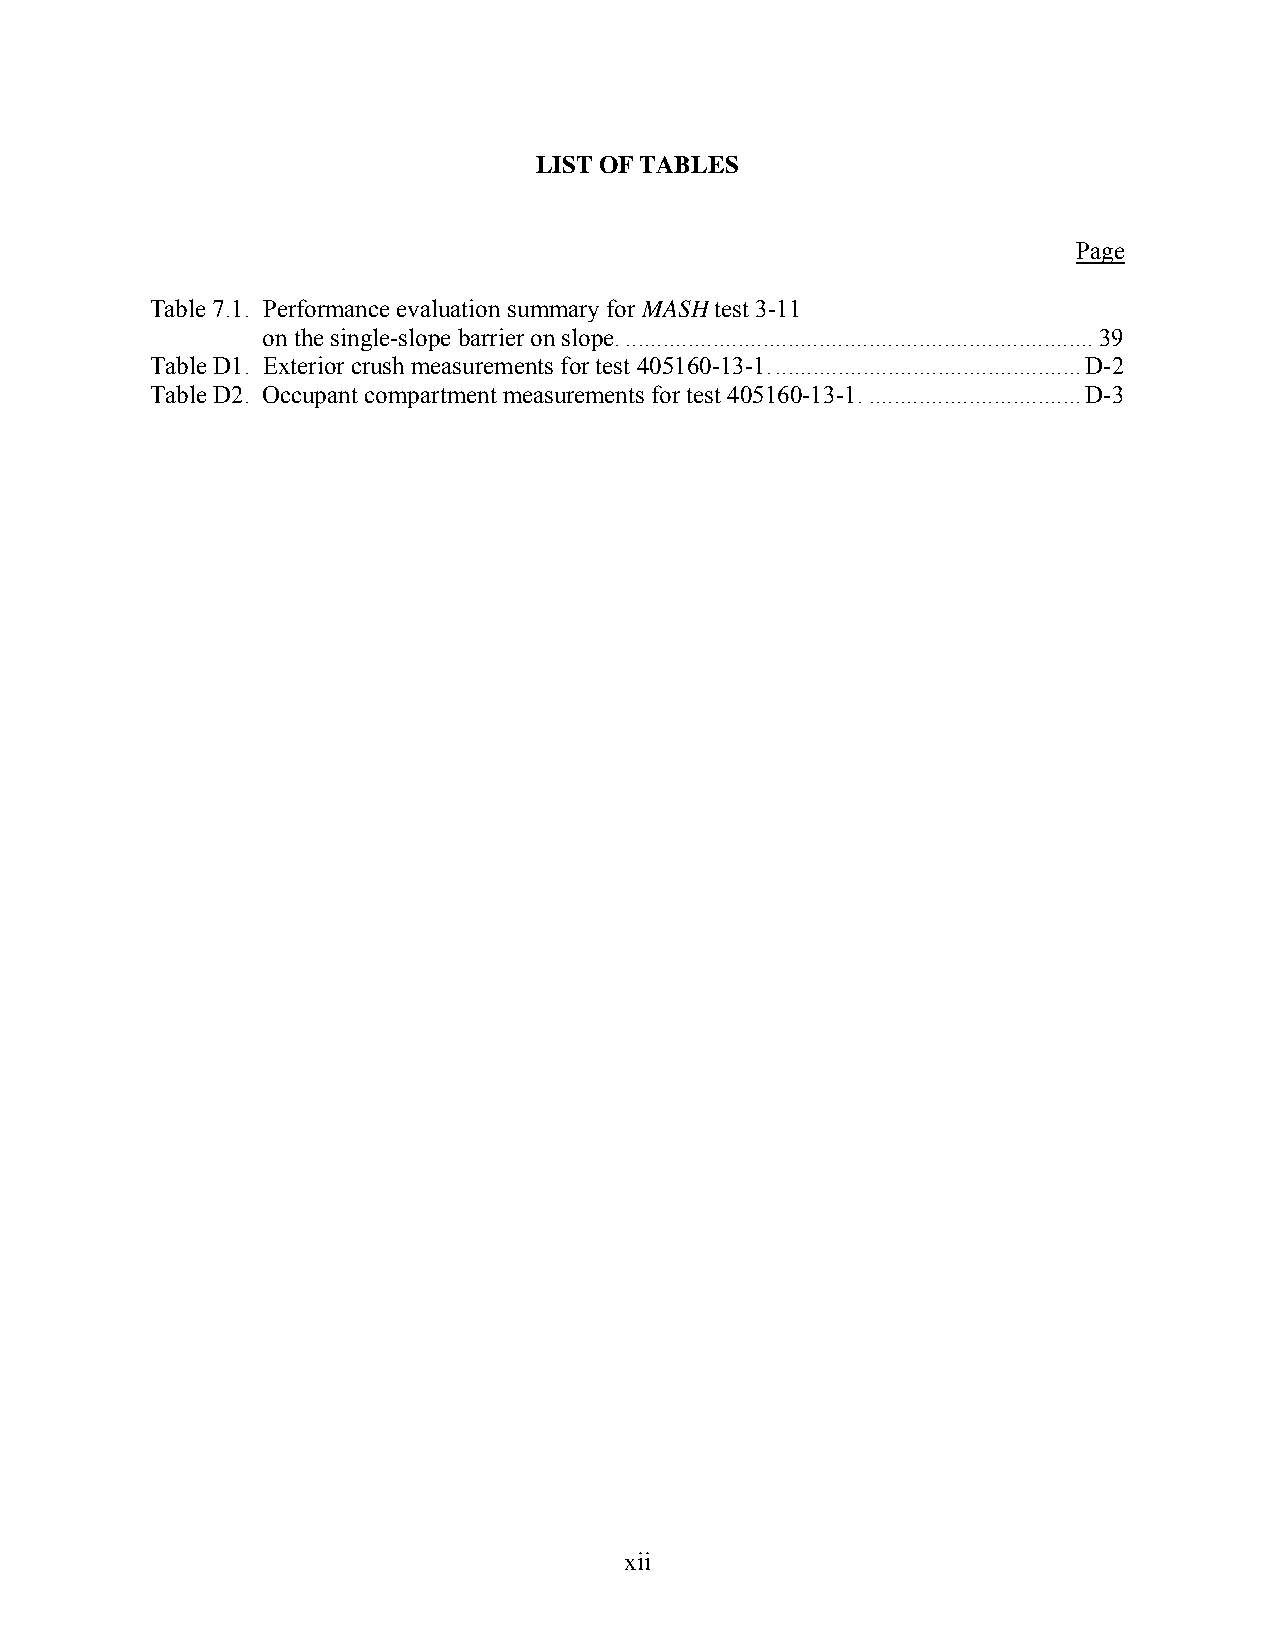
LIST OF TABLES
 Page
 Table 7.1. Performance evaluation summary for MASH test 3-11
 on the single-slope barrier on slope. ........................................................................... 39
 Table D1. Exterior crush measurements for test 405160-13-1. ................................................. D-2
 Table D2. Occupant compartment measurements for test 405160-13-1. .................................. D-3
 xii